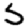
Digit: 5